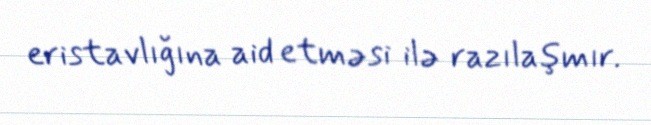
eristavlığına aid etməsi ilə razılaşmır.